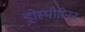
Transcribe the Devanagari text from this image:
ड्रोस्पीरिनन